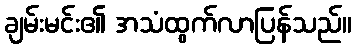
ချမ်းမင်း၏ အသံထွက်လာပြန်သည်။